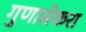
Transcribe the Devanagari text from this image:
गुणासेकरा